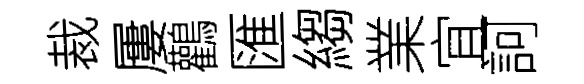
裁屢鸛匯縐業宜訶